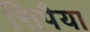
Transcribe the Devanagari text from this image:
सिपैया